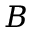
B